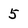
Character: 5